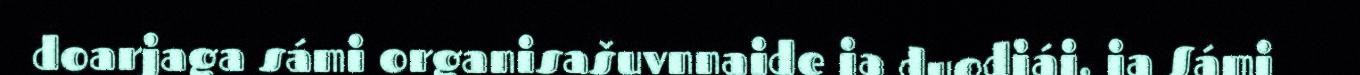
doarjaga sámi organisašuvnnaide ja duodjái, ja Sámi